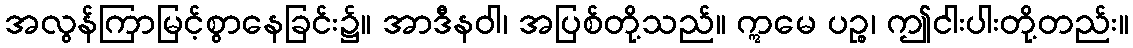
အလွန်ကြာမြင့်စွာနေခြင်း၌။ အာဒီနဝါ၊ အပြစ်တို့သည်။ ဣမေ ပဉ္စ၊ ဤငါးပါးတို့တည်း။